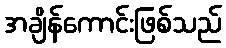
အချိန်ကောင်းဖြစ်သည်